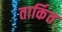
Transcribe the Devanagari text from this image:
तार्कित